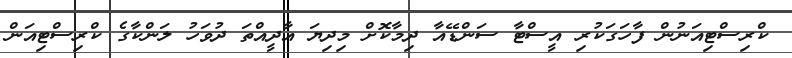
ކްރިސްޓިއަނުން ފާހަގަކުރި އީސްޓާ ސަންޑޭއާ ދިމާކޮށް މިދިޔަ އާދީއްތަ ދުވަހު ލަންކާގެ ކްރިސްޓިއަން